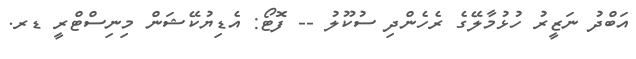
އަބްދު ނަޒީރު ހުޅުމާލޭގެ ރެެހެންދި ސުކޫލު -- ފޮޓޯ: އެޑިޔުކޭޝަން މިނިސްޓްރީ ޑރ.